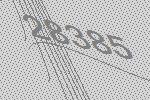
28385